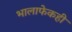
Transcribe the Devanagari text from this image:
भालाफेकही